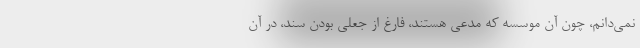
نمی‌دانم، چون آن موسسه که مدعی هستند، فارغ از جعلی بودن سند، در آن